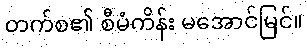
တက်စ၏ စီမံကိန်း မအောင်မြင်။